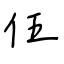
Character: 伍